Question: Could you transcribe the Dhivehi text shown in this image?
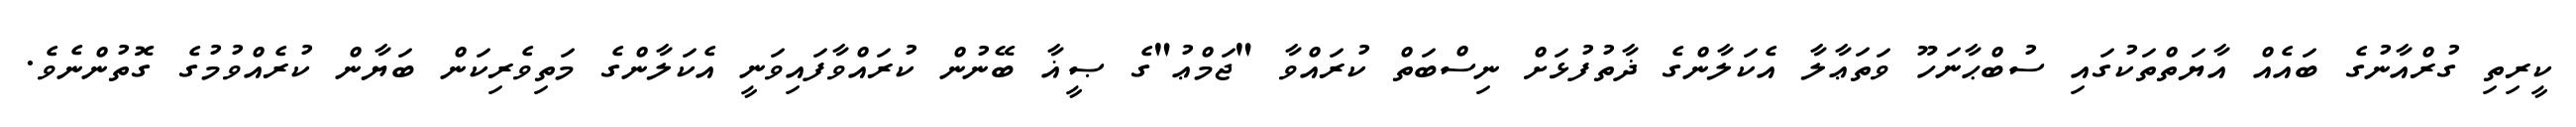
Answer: ކީރިތި ގުރްއާނުގެ ބައެއް އާޔަތްތަކުގައި ސުބްޙާނަހޫ ވަތަޢާލާ އެކަލާންގެ ޛާތުފުޅަށް ނިސްބަތް ކުރައްވާ "ޖަމްޢު"ގެ ޞީޣާ ބޭނުން ކުރައްވާފައިވަނީ އެކަލާންގެ މަތިވެރިކަން ބަޔާން ކުރެއްވުމުގެ ގޮތުންނެވެ.